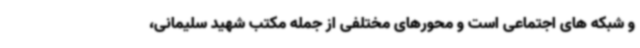
و شبکه های اجتماعی است و محورهای مختلفی از جمله مکتب شهید سلیمانی،